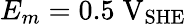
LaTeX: E_{m}=0.5\; \mathrm{V}_{\mathrm{SHE}}